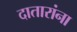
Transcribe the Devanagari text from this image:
दातारांना